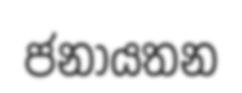
ජනායතන